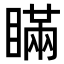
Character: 瞞